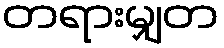
တရားမျှတ